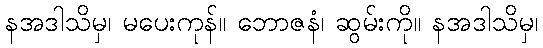
နအဒါသိမှ၊ မပေးကုန်။ ဘောဇနံ၊ ဆွမ်းကို။ နအဒါသိမှ၊